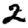
Digit: 2